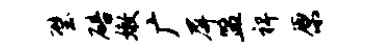
璧碚嫩广屏盟裨原